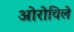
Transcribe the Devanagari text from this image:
ओरोविले